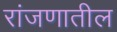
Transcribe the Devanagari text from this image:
रांजणातील